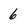
Character: 6